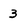
Character: 3